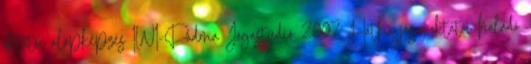
oktatói alapképzés IWI-Padma Jógastúdió 2007 Hatha jóga oktatói haladó